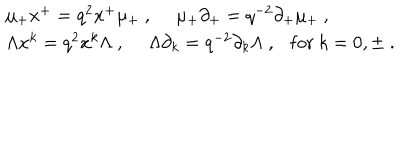
LaTeX: \begin{array} { l } { { \mu _ { + } x ^ { + } = q ^ { 2 } x ^ { + } \mu _ { + } ~ , ~ ~ \mu _ { + } \partial _ { + } = q ^ { - 2 } \partial _ { + } \mu _ { + } ~ , } } \\ { { \Lambda x ^ { k } = q ^ { 2 } x ^ { k } \Lambda ~ , ~ ~ \Lambda \partial _ { k } = q ^ { - 2 } \partial _ { k } \Lambda ~ , \mathrm { f o r } ~ k = 0 , \pm ~ . } } \\ \end{array}